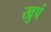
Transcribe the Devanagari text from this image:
खुपं